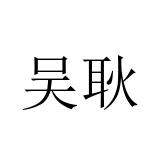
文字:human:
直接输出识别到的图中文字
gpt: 吴耿